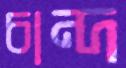
চান্দ